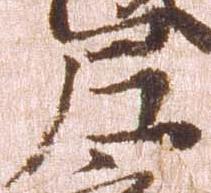
尼